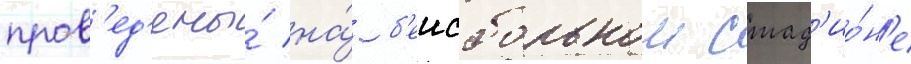
пров'ед'ены́ на́ б'еисбольном стад'ио́н'е